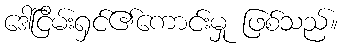
ဒေါ်ငြိမ်းရှင်၏ကောင်းမှု ဖြစ်သည်။